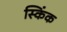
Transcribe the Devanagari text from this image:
स्किंक